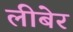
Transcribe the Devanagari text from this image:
लीबेर